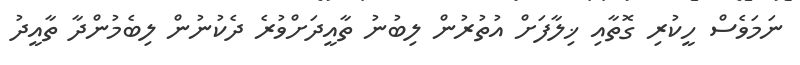
ނަމަވެސް ހީކުރި ގޮތާއި ޚިލާފަށް އުތުރުން ލިބުނު ތާއީދަށްވުރެ ދެކުނުން ލިބެމުންދާ ތާއީދު